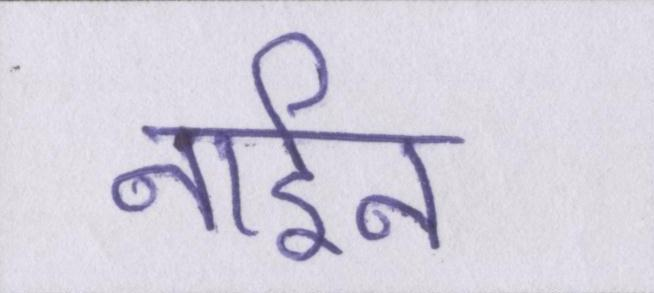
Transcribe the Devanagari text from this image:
नाईन